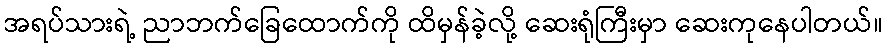
အရပ်သားရဲ့ ညာဘက်ခြေထောက်ကို ထိမှန်ခဲ့လို့ ဆေးရုံကြီးမှာ ဆေးကုနေပါတယ်။